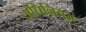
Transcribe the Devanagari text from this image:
अधिनियम